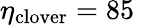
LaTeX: \eta_{\mathrm{clover}}=85\